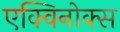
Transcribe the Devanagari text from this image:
एक्विनोक्स